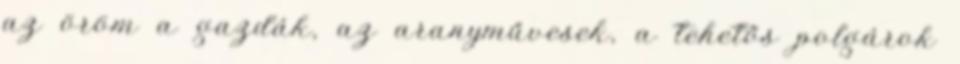
az öröm a gazdák, az aranyművesek, a tehetős polgárok